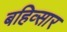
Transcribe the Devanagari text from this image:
बहिव्सार